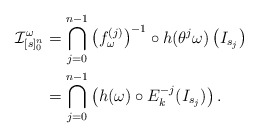
\begin{align*}\mathcal I ^\omega _{[s]_0^n} &= \bigcap ^{n-1} _{j=0} \left(f^{(j)} _\omega \right)^{-1} \circ h (\theta ^j \omega)\left( I _{s_j}\right) \\&= \bigcap ^{n-1} _{j=0} \left(h ( \omega) \circ E_k^{-j} ( I _{s_j})\right).\end{align*}